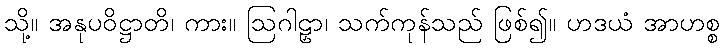
သို့။ အနုပဝိဋ္ဌာတိ၊ ကား။ ဩဂါဠှာ၊ သက်ကုန်သည် ဖြစ်၍။ ဟဒယံ အာဟစ္စ